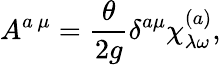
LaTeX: A^{a\, \mu}=\frac{\theta}{2g}\delta^{a\mu}\chi_{\lambda\omega}^{(a)},